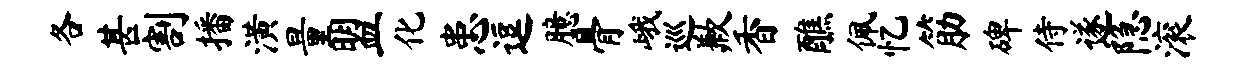
各甚割播潢量盟化患逗臆骨峨巡歉香醮佩忆筋碑侍遂隐滚